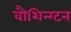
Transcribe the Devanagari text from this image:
वौशिन्ग्टन